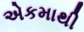
એકમાથી